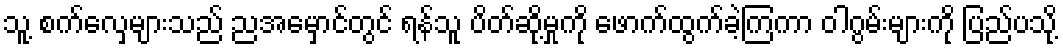
သူ့ စက်လှေများသည် ညအမှောင်တွင် ရန်သူ ပိတ်ဆို့မှုကို ဖောက်ထွက်ခဲ့ကြကာ ဝါဂွမ်းများကို ပြည်ပသို့